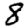
Digit: 8